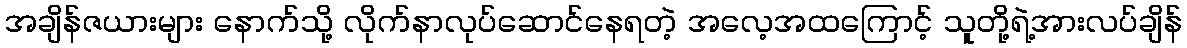
အချိန်ဇယားများ နောက်သို့ လိုက်နာလုပ်ဆောင်နေရတဲ့ အလေ့အထကြောင့် သူတို့ရဲ့အားလပ်ချိန်